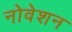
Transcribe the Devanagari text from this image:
नोवेशन